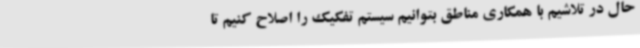
حال در تلاشیم با همکاری مناطق بتوانیم سیستم تفکیک را اصلاح کنیم تا